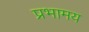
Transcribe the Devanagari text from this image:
प्रभामय